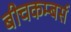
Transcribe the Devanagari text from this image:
बीचकम्बर्स